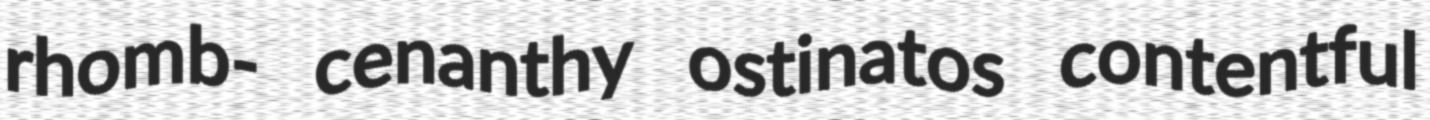
rhomb- cenanthy ostinatos contentful